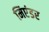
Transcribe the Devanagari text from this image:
मिएंडर